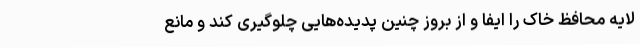
لایه محافظ خاک را ایفا و از بروز چنین پدیده‌هایی چلوگیری کند و مانع